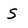
Character: S